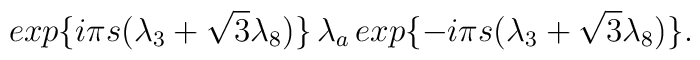
exp\{{i{\pi}s({\lambda}_3+{\sqrt{3}}{\lambda}_8)}\}\,{\lambda}_a\,exp\{{-i{\pi}s({\lambda}_3+{\sqrt{3}}{\lambda}_8)}\}.